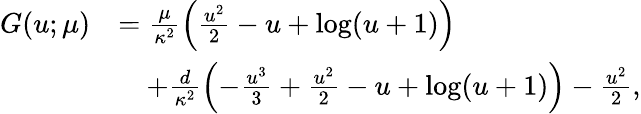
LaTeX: \begin{array}{r}{\begin{array}{rl}{G(u;\mu)}&{=\frac{\mu}{\kappa^{2}}\left(\frac{u^{2}}{2}-u+\log(u+1)\right)}\\ &{\quad+\frac{d}{\kappa^{2}}\left(-\frac{u^{3}}{3}+\frac{u^{2}}{2}-u+\log(u+1)\right)-\frac{u^{2}}{2},}\end{array}}\end{array}